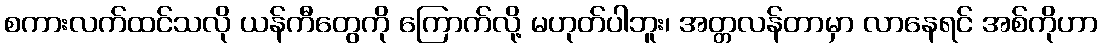
စကားလက်ထင်သလို ယန်ကီတွေကို ကြောက်လို့ မဟုတ်ပါဘူး၊ အတ္တလန်တာမှာ လာနေရင် အစ်ကိုဟာ